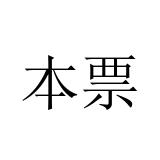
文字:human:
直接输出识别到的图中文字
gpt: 本票